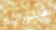
فلوريك